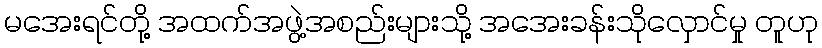
မအေးရင်တို့ အထက်အဖွဲ့အစည်းများသို့ အအေးခန်းသိုလှောင်မှု တူဟု